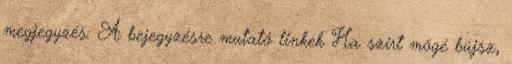
megjegyzés: A bejegyzésre mutató linkek Ha szirt mögé bújsz,